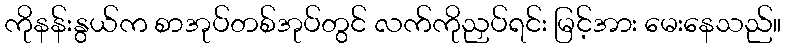
ကိုနန်းနွယ်က စာအုပ်တစ်အုပ်တွင် လက်ကိုညှပ်ရင်း မြင့်အား မေးနေသည်။